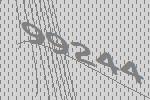
99244